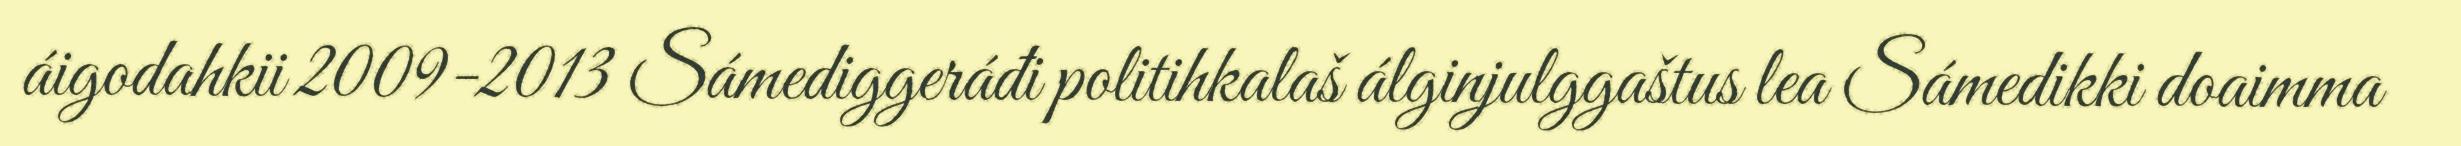
áigodahkii 2009-2013 Sámediggeráđi politihkalaš álginjulggaštus lea Sámedikki doaimma